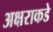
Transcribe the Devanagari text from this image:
अक्षराकडे